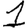
Digit: 1